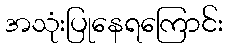
အသုံးပြုနေရကြောင်း